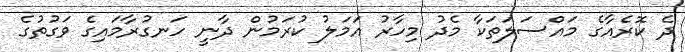
ދެ ކޮރެއާގެ މައްސަލަތަކާ މެދު މިހާރު އަމަލު ކުރަމުން ދާނީ ހަނގުރާމައިގެ ވަގުތުގެ